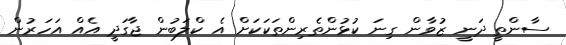
ސާންތީ ދަނީ ޒުވާން ގިނަ ކުޅުންތެރިންތަކަކަށް އެ ކްލަބުން ޖާގަދީ އެއް އަހަރުން